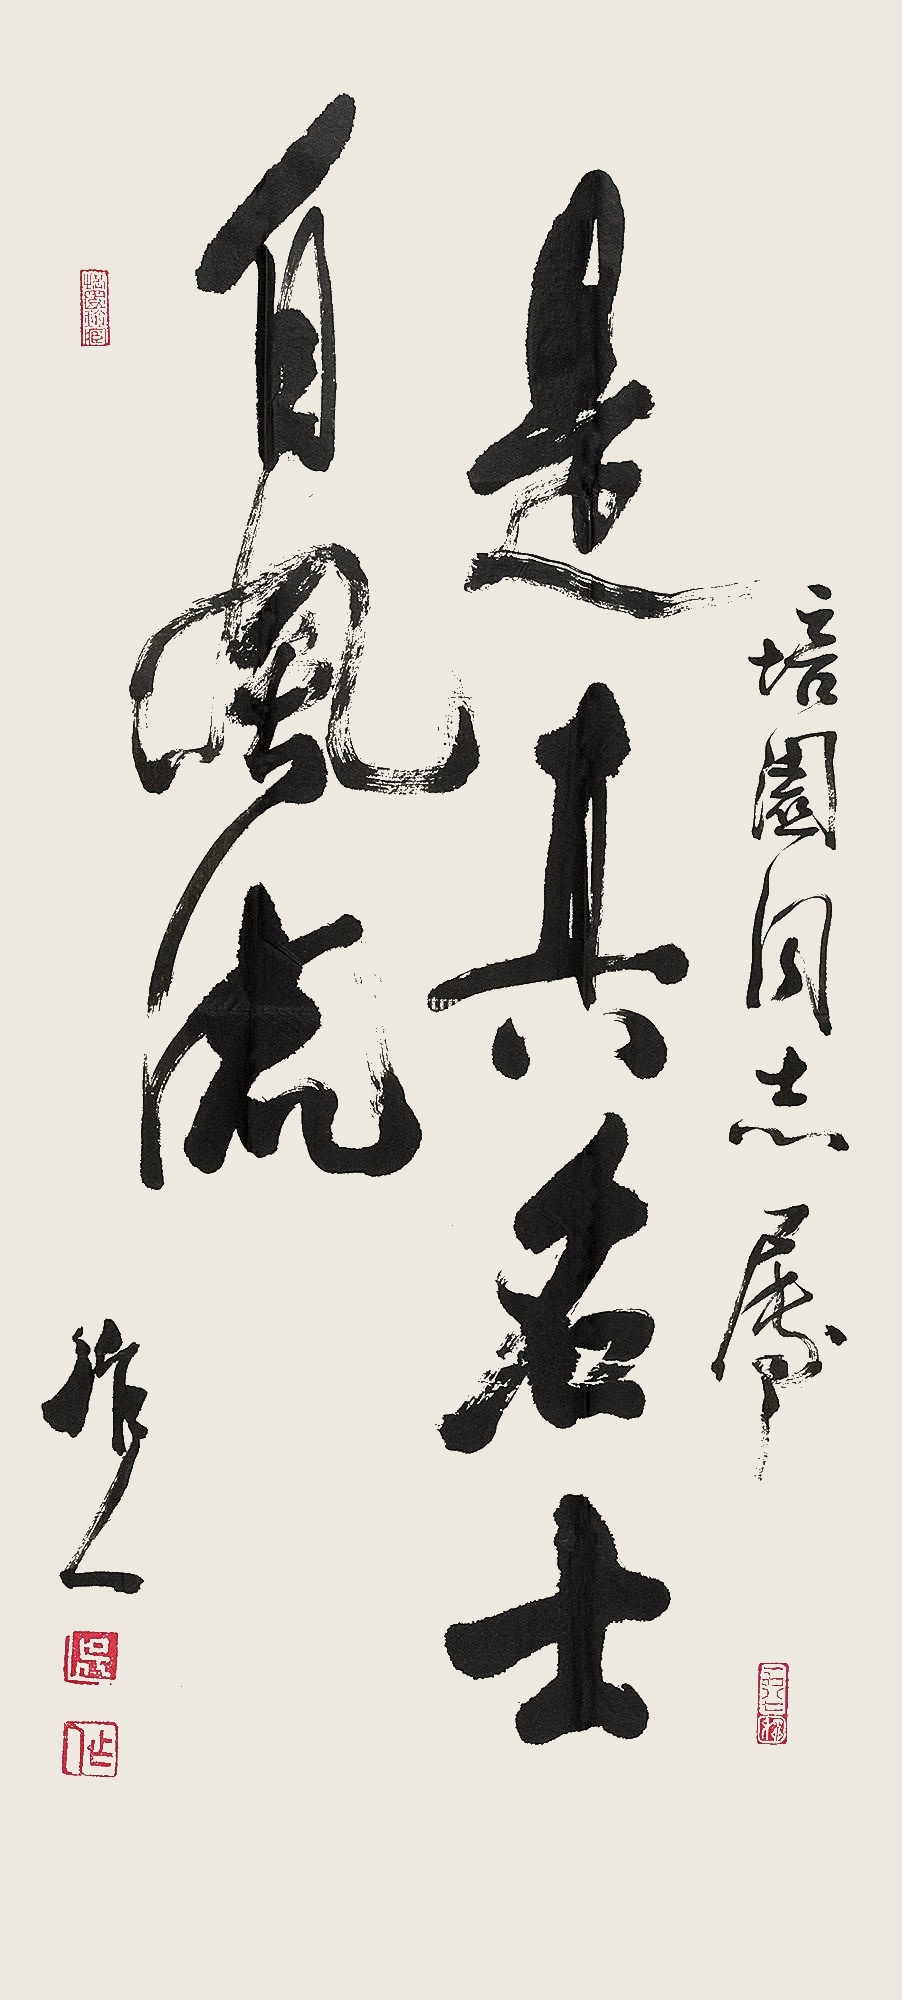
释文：是真名士自风流培园同志属，作人。